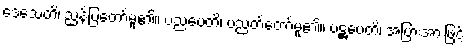
ဒေသေတိ၊ ညွှန်ပြတော်မူ၏။ ပညပေတိ၊ ပညတ်တော်မူ၏။ ပဋ္ဌပေတိ၊ အပြားအားဖြင့်